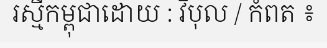
រស្មីកម្ពុជាដោយ : វិបុល / កំពត ៖